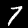
Digit: 7